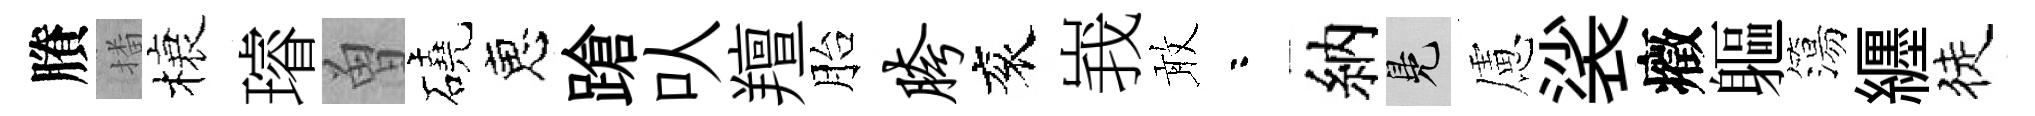
賸播榱璿曽磽恵蹌㕥羶胎胯衮峩敢咯納鳬慮裟癥軀簜纒徒